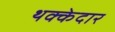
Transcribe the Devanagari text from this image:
थक्केदार